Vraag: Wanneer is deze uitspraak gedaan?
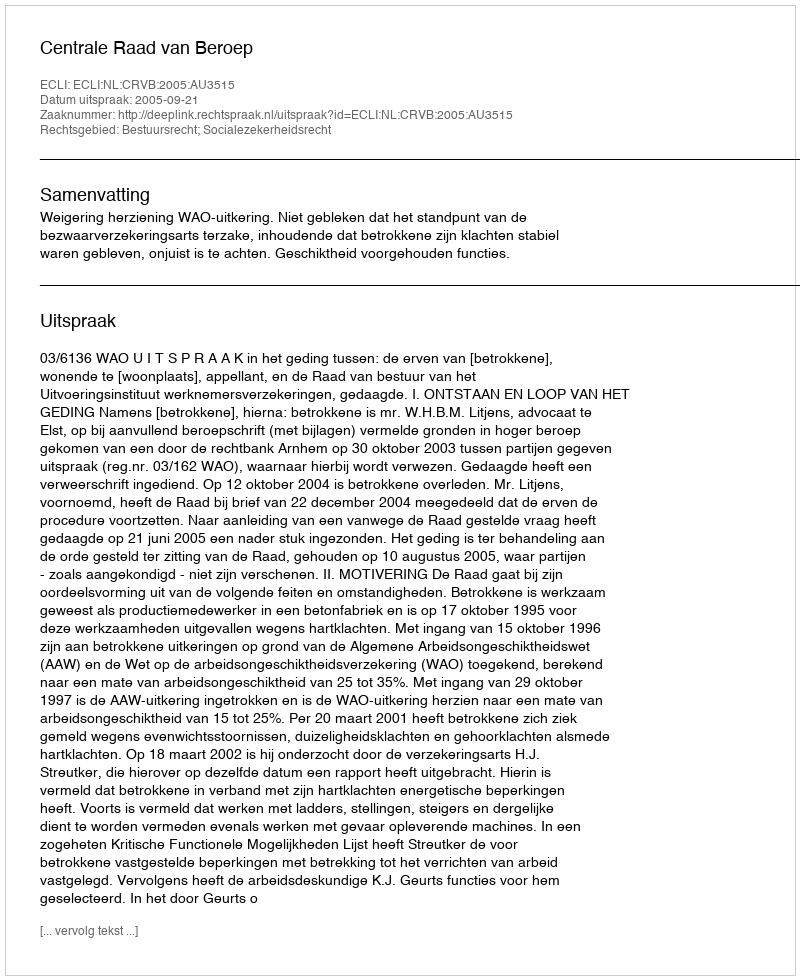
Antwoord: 2005-09-21